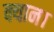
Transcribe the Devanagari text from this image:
क्यान।